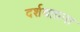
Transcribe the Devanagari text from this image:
दर्शवताना